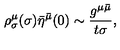
\rho _ { \sigma } ^ { \mu } ( \sigma ) \bar { \eta } ^ { \bar { \mu } } ( 0 ) \sim \frac { g ^ { \mu \bar { \mu } } } { t \sigma } , \qquad